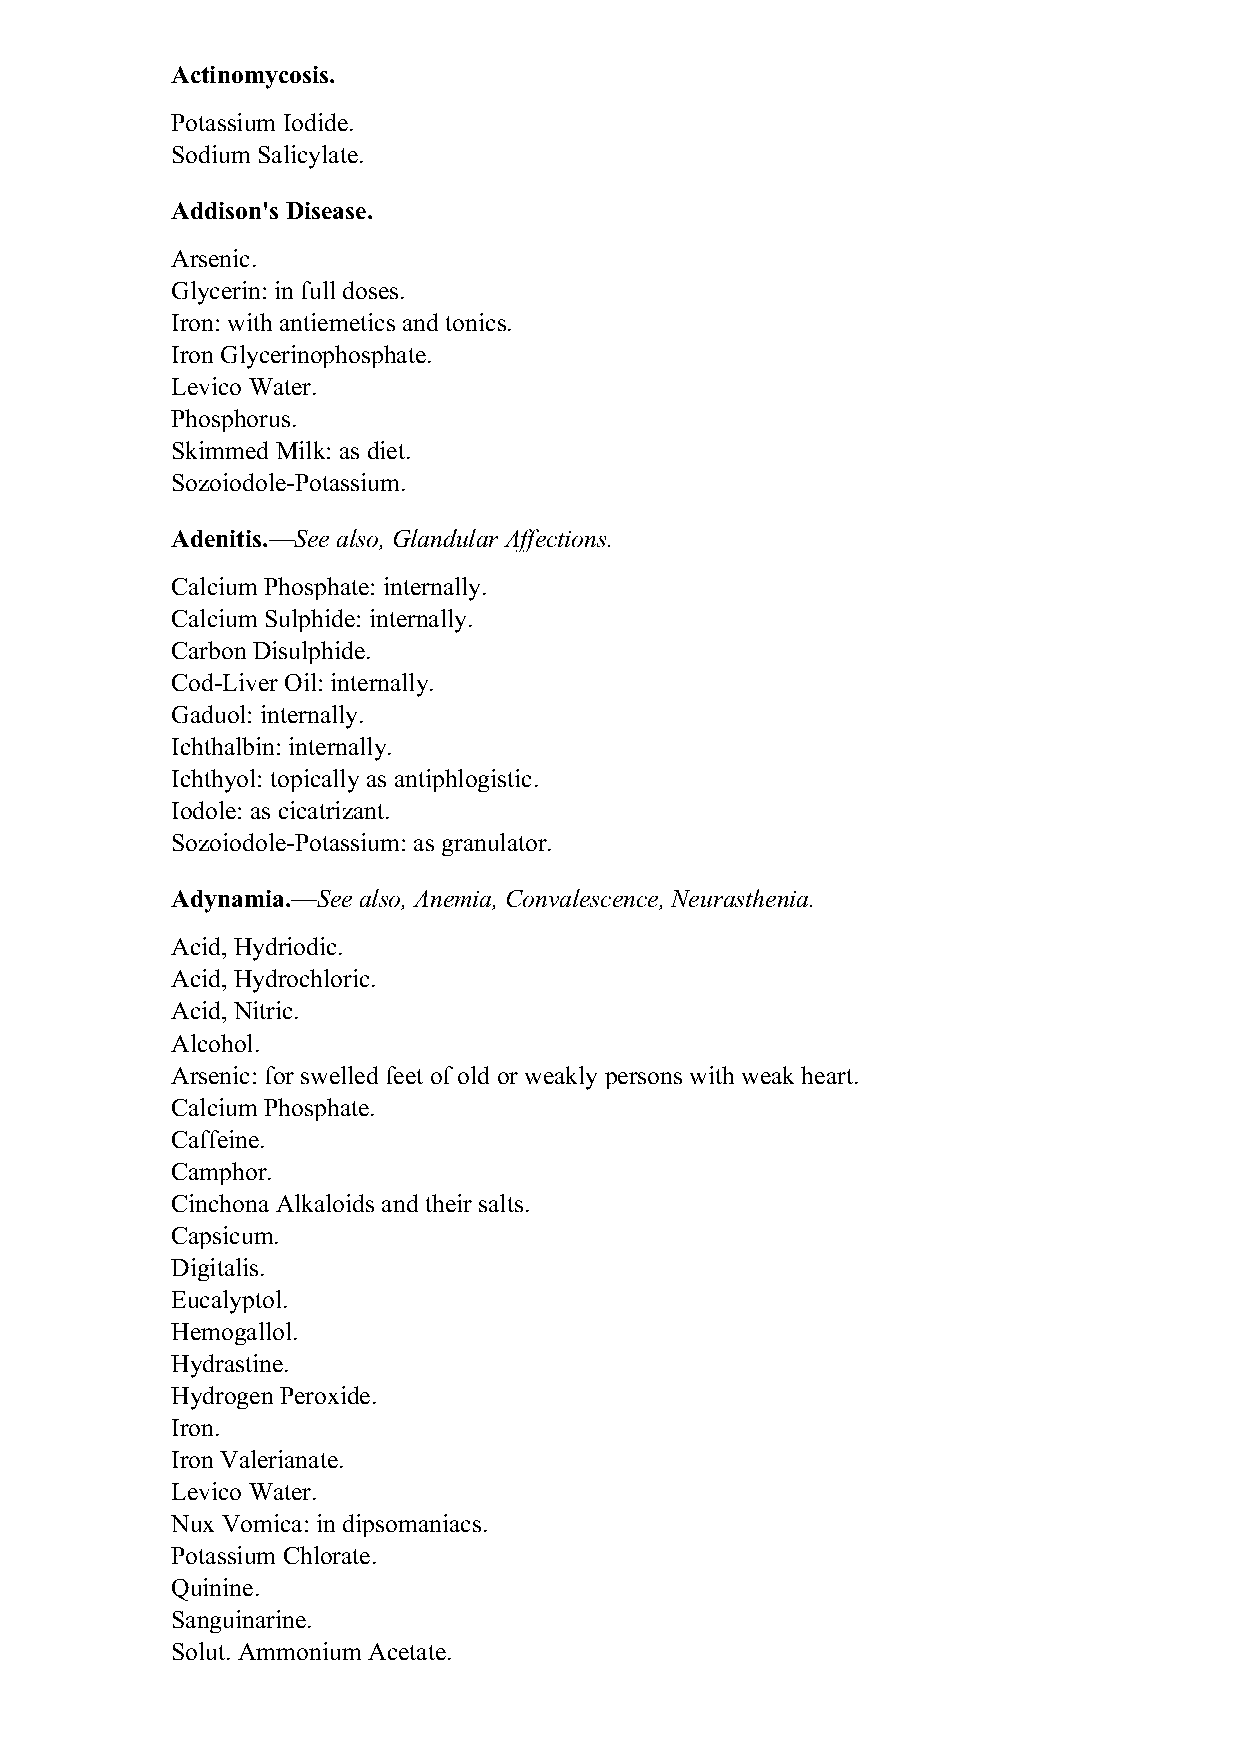
Actinomycosis.
 Potassium Iodide.
 Sodium Salicylate.
 Addison's Disease.
 Arsenic.
 Glycerin: in full doses.
 Iron: with antiemetics and tonics.
 Iron Glycerinophosphate.
 Levico Water.
 Phosphorus.
 Skimmed Milk: as diet.
 Sozoiodole-Potassium.
 Adenitis.—See also, Glandular Affections.
 Calcium Phosphate: internally.
 Calcium Sulphide: internally.
 Carbon Disulphide.
 Cod-Liver Oil: internally.
 Gaduol: internally.
 Ichthalbin: internally.
 Ichthyol: topically as antiphlogistic.
 Iodole: as cicatrizant.
 Sozoiodole-Potassium: as granulator.
 Adynamia.—See also, Anemia, Convalescence, Neurasthenia.
 Acid, Hydriodic.
 Acid, Hydrochloric.
 Acid, Nitric.
 Alcohol.
 Arsenic: for swelled feet of old or weakly persons with weak heart.
 Calcium Phosphate.
 Caffeine.
 Camphor.
 Cinchona Alkaloids and their salts.
 Capsicum.
 Digitalis.
 Eucalyptol.
 Hemogallol.
 Hydrastine.
 Hydrogen Peroxide.
 Iron.
 Iron Valerianate.
 Levico Water.
 Nux Vomica: in dipsomaniacs.
 Potassium Chlorate.
 Quinine.
 Sanguinarine.
 Solut. Ammonium Acetate.